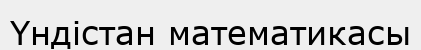
Үндістан математикасы